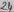
Text: 24